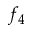
f _ { 4 }